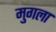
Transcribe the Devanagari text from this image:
मुगला